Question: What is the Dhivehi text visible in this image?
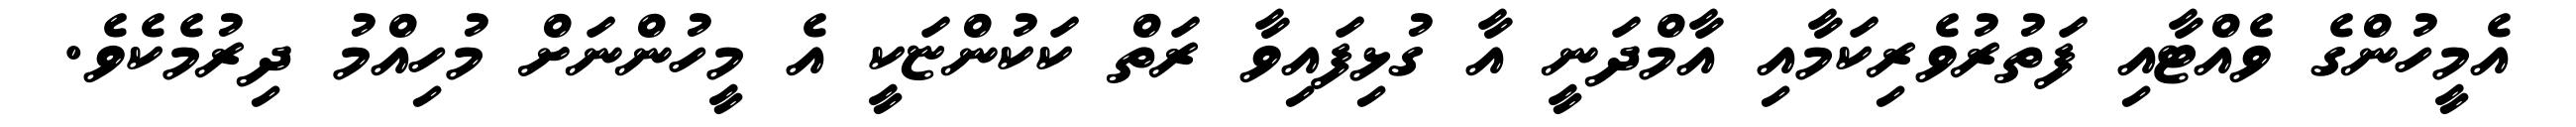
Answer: އެމީހުންގެ ވެއްޓާއި ފަތުރުވެރިކަމާއި އާމްދަނީ އާ ގުޅިފައިވާ ރަތް ކަކުންޏަކީ އެ މީހުންނަށް މުހިއްމު ދިރުމެކެވެ.